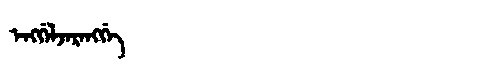
Manchu: ᡝᠩᡤᡝᠯᠵᡝᡵᡝᠩᡤᡝ
Romanization: ENGGELJERENGGE